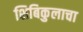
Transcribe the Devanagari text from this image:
शिबिकुलाचा